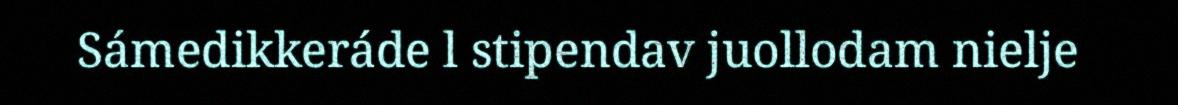
Sámedikkeráde l stipendav juollodam nielje